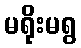
မရိုးမရွ